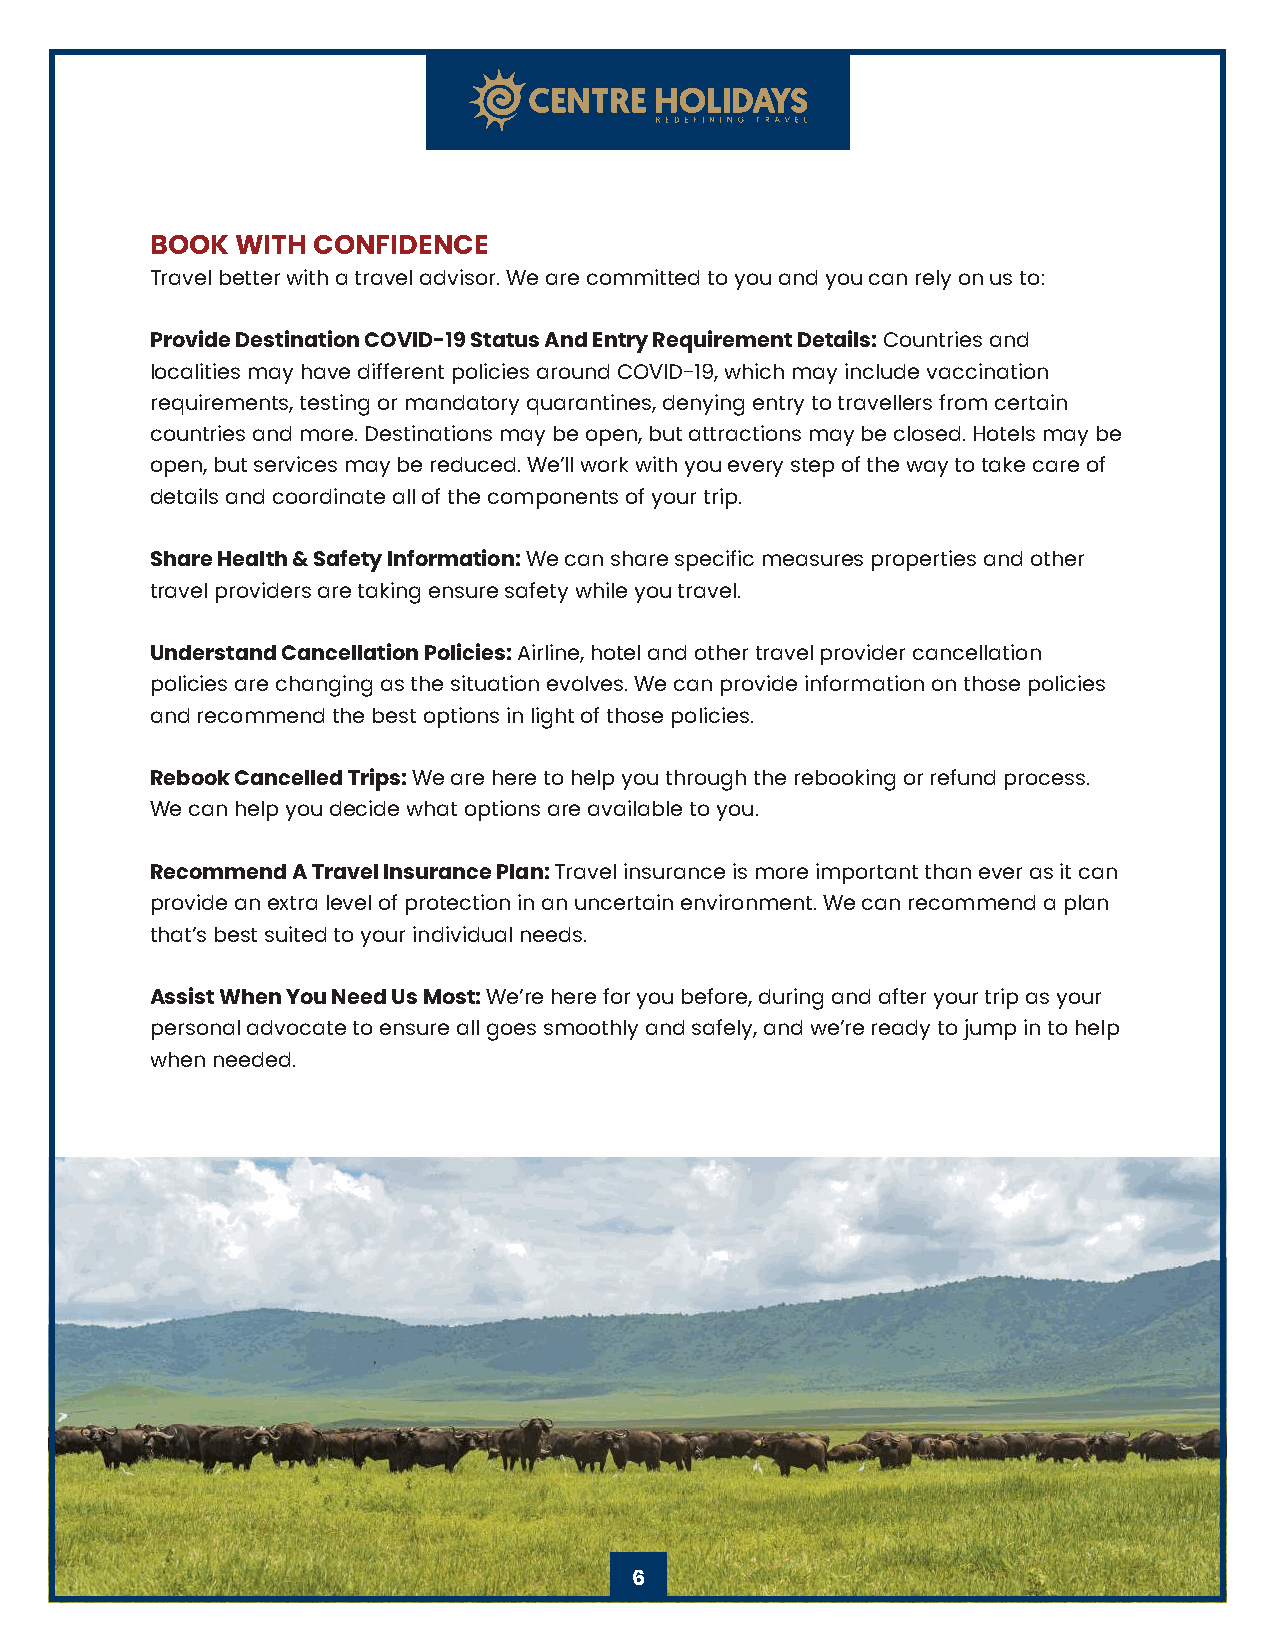
BOOK  WITH CONFIDENCE
 Travel better with a travel advisor. We are committed to you and you can rely on us to:
 Countries and
 Provide Destination COVID-19 Status And Entry Requirement Details:
 localities may have different policies around COVID-19, which may include vaccination
 requirements, testing or mandatory quarantines, denying entry to travellers from certain
 countries and more. Destinations may be open, but attractions may be closed. Hotels may be
 open, but services may be reduced. We’ll work with you every step of the way to take care of
 details and coordinate all of the components of your trip.
 We can share specific measures properties and other
 Share Health & Safety Information:
 travel providers are taking ensure safety while you travel.
 Airline, hotel and other travel provider cancellation
 Understand Cancellation Policies:
 policies are changing as the situation evolves. We can provide information on those policies
 and recommend the best options in light of those policies.
 We are here to help you through the rebooking or refund process.
 Rebook Cancelled Trips:
 We can help you decide what options are available to you.
 Travel insurance is more important than ever as it can
 Recommend A Travel Insurance Plan:
 provide an extra level of protection in an uncertain environment. We can recommend a plan
 that’s best suited to your individual needs.
 We’re here for you before, during and after your trip as your
 Assist When You Need Us Most:
 personal advocate to ensure all goes smoothly and safely, and we’re ready to jump in to help
 when needed.
 6